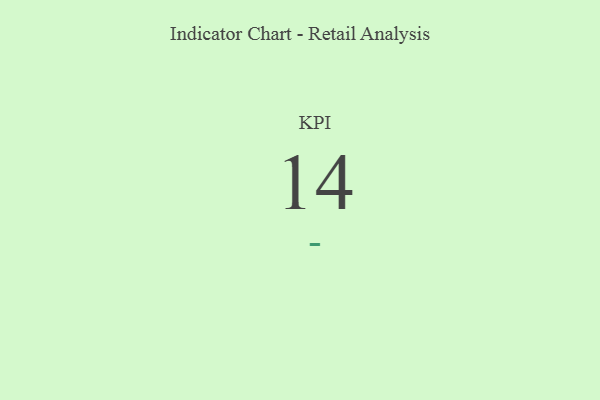
{"axis": {"x": "KPI", "y": "Value"}, "legend": [""], "data": [{"x": "KPI", "y": 14, "type": ""}]}